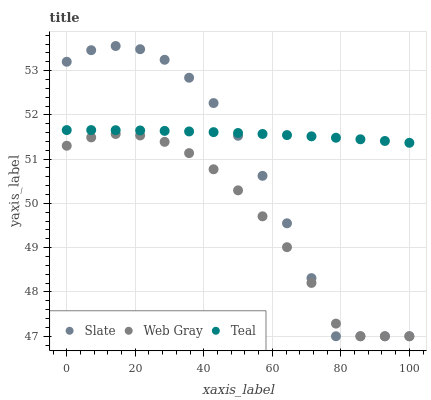
| xaxis_label | Slate | Web Gray | Teal |
 | --- | --- | --- | --- |
 | 0 | 53.2 | 51.3 | 51.7 |
 | 7.14 | 53.5 | 51.5 | 51.7 |
 | 14.3 | 53.6 | 51.6 | 51.7 |
 | 21.4 | 53.5 | 51.5 | 51.6 |
 | 28.6 | 53.2 | 51.4 | 51.6 |
 | 35.7 | 52.8 | 51.1 | 51.6 |
 | 42.9 | 52.3 | 50.8 | 51.6 |
 | 50 | 51.5 | 50.3 | 51.6 |
 | 57.1 | 50.6 | 49.7 | 51.6 |
 | 64.3 | 49.6 | 49 | 51.5 |
 | 71.4 | 48.3 | 48.2 | 51.5 |
 | 78.6 | 47 | 47.3 | 51.5 |
 | 85.7 | 47 | 47 | 51.4 |
 | 92.9 | 47 | 47 | 51.4 |
 | 100 | 47 | 47 | 51.4 |